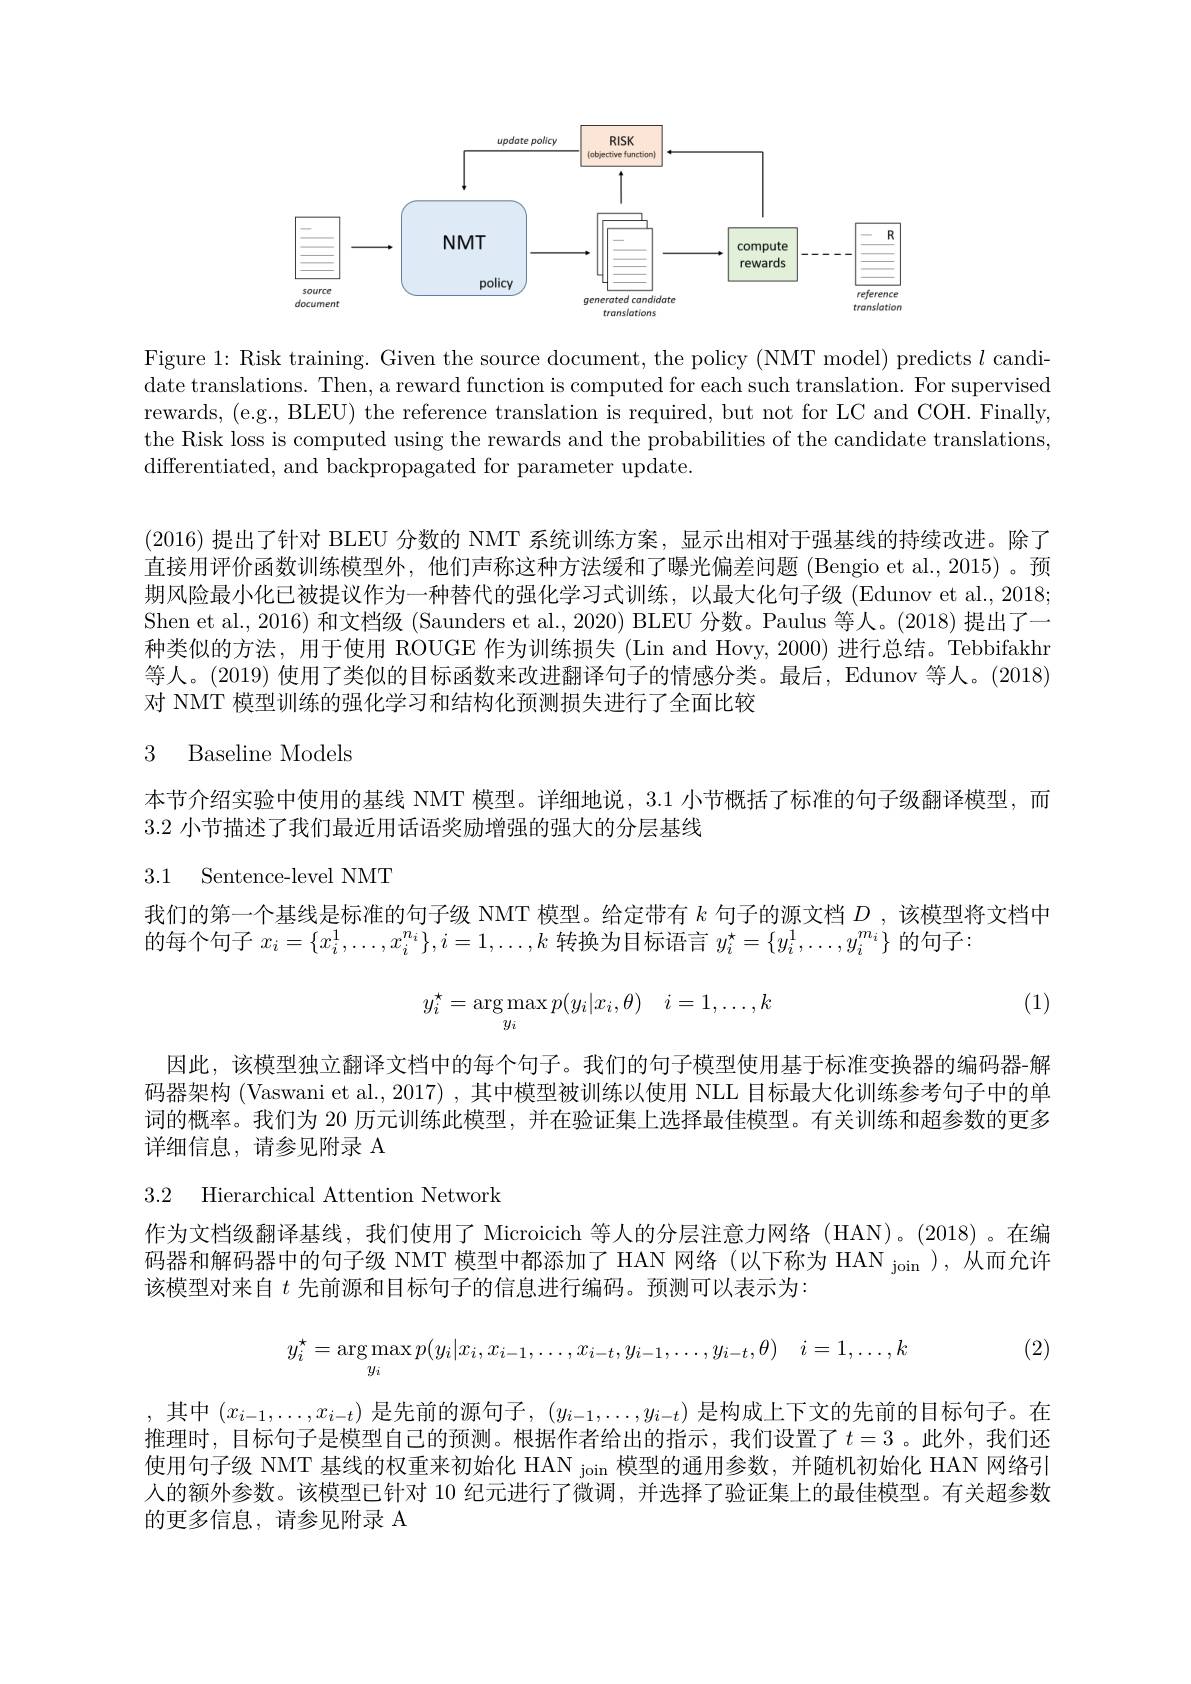
<FigureHere>

Figure 1: Risk training. Given the source document, the policy (NMT model) predicts $l$ candidate translations. Then, a reward function is computed for each such translation. For supervised rewards, (e.g., BLEU) the reference translation is required, but not for LC and COH. Finally, the Risk loss is computed using the rewards and the probabilities of the candidate translations, differentiated, and backpropagated for parameter update.

(2016)提出了针对 BLEU 分数的 NMT 系统训练方案，显示出相对于强基线的持续改进。除了直接用评价函数训练模型外，他们声称这种方法缓和了曝光偏差问题 (Bengio et al.,2015) 。预期风险最小化已被提议作为一种替代的强化学习式训练，以最大化句子级 (Edunov et al., 2018; Shen et al., 2016) 和文档级 (Saunders et al., 2020) BLEU 分数。Paulus 等人。(2018) 提出了一种类似的方法，用于使用 ROUGE 作为训练损失(Lin and Hovy, 2000) 进行总结。Tebbifakhr 等人。(2019) 使用了类似的目标函数来改进翻译句子的情感分类。最后，Edunov 等人。(2018) 对 NMT 模型训练的强化学习和结构化预测损失进行了全面比较

## 3 Baseline Models

本节介绍实验中使用的基线 NMT 模型。详细地说，3.1 小节概括了标准的句子级翻译模型，而
3.2小节描述了我们最近用话语奖励增强的强大的分层基线

## 3.1 Sentence-level NMT

我们的第一个基线是标准的句子级 NMT 模型。给定带有$k$句子的源文档$D$ ,该模型将文档中
的每个句子$x_i=\{x_i^{1},\ldots,x_{i}^{n_{i}}\},i=1,\ldots,k$转换为目标语言$y_i^\star=\{y_i^{1},\ldots,y_{i}^{m_{i}}\}$的句子：

(1)
$$y_i^\star=\arg\max_{y_i}p(y_i|x_i,\theta)\quad i=1,\dots,k$$
因此，该模型独立翻译文档中的每个句子。我们的句子模型使用基于标准变换器的编码器-解码器架构 (Vaswani et al., 2017) , 其中模型被训练以使用 NLL 目标最大化训练参考句子中的单词的概率。我们为 20 历元训练此模型，并在验证集上选择最佳模型。有关训练和超参数的更多详细信息，请参见附录 A

3.2 Hierarchical Attention Network

作为文档级翻译基线，我们使用了 Microicich 等人的分层注意力网络(HAN)。(2018)。在编码器和解码器中的句子级 NMT 模型中都添加了 HAN 网络 (以下称为 HAN $_\mathrm{join}$),从而允许该模型对来自$t$先前源和目标句子的信息进行编码。预测可以表示为：

(2)
$$y_i^\star=\arg\max_{y_i}p(y_i|x_i,x_{i-1},\dots,x_{i-t},y_{i-1},\dots,y_{i-t},\theta)\quad i=1,\dots,k$$
,其中$(x_{i-1},\ldots,x_{i-t})$是先前的源句子，$(y_{i-1},\ldots,y_{i-t})$是构成上下文的先前的目标句子。在推理时，目标句子是模型自己的预测。根据作者给出的指示，我们设置了$t=3$。此外，我们还使用句子级 NMT 基线的权重来初始化 HAN join 模型的通用参数，并随机初始化 HAN 网络引人的额外参数。该模型已针对 10 纪元进行了微调，并选择了验证集上的最佳模型。有关超参数的更多信息，请参见附录 A